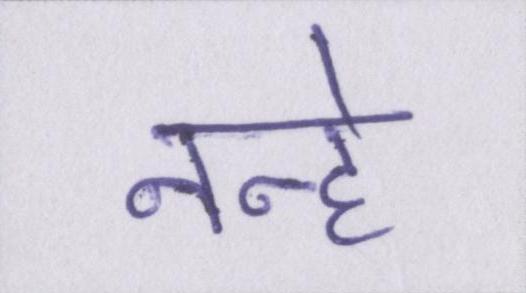
नन्हे